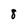
Character: 8